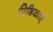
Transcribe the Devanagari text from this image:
पिडिकाएँ